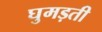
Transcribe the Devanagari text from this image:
घुमड़ती